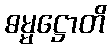
ဓမ္မဋ္ဌောတိ